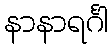
နာနာရင်္ဂါ